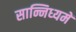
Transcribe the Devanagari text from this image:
सान्निध्‍यमें